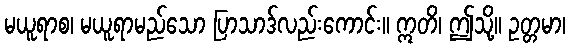
မယူရာစ၊ မယူရာမည်သော ပြာသာဒ်လည်းကောင်း။ ဣတိ၊ ဤသို့။ ဥတ္တမာ၊